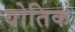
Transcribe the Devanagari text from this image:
योतिक